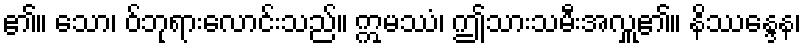
၏။ သော၊ ဝ်ဘုရားလောင်းသည်။ ဣမဿံ၊ ဤသားသမီးအလှူ၏။ နိဿန္ဒေန၊